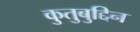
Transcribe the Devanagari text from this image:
कुतुबुद्दिन